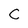
Character: C